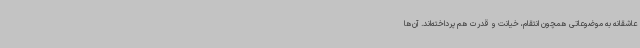
عاشقانه به موضوعاتی همچون انتقام، خیانت و قدرت هم پرداخته‌اند. آن‌ها